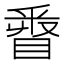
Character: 𨤓